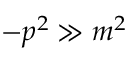
- p ^ { 2 } \gg m ^ { 2 }